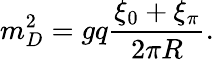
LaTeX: m_{D}^{2}=gq{\frac{\xi_{0}+\xi_{\pi}}{2\pi R}}.